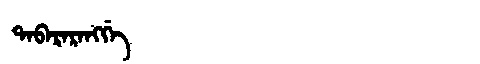
Manchu: ᡨᠠᠪᠠᡵᠠᡵᠠᠩᡤᡝ
Romanization: TABARARANGGE